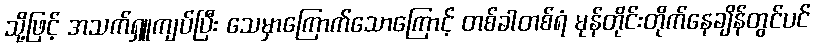
သို့ဖြင့် အသက်ရှူကျပ်ပြီး သေမှာကြောက်သောကြောင့် တစ်ခါတစ်ရံ မုန်တိုင်းတိုက်နေချိန်တွင်ပင်